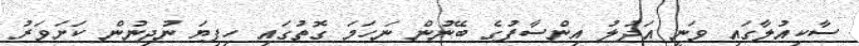
ސާކިއުލާގައި ވަނީ އަދުލު އިންސާފުގެ ބޭނުން ނަހަމަ ގޮތުގައި ހިފިޔަ ނުދިނުން ކަށަވަރު